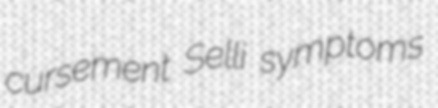
cursement Selli symptoms